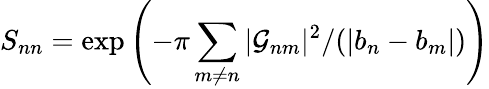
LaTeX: S_{nn}=\exp\left(-\pi\sum_{m\neq n}|{\cal G}_{nm}|^{2}/(|b_{n}-b_{m}|)\right)